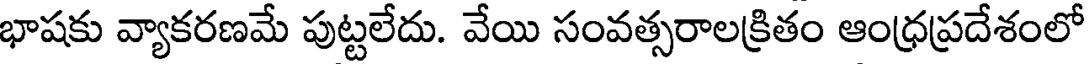
భాషకు వ్యాకరణమే పుట్టలేదు. వేయి సంవత్సరాలక్రితం ఆంధ్రప్రదేశంలో